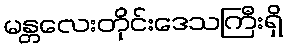
မန္တလေးတိုင်းဒေသကြီးရှိ